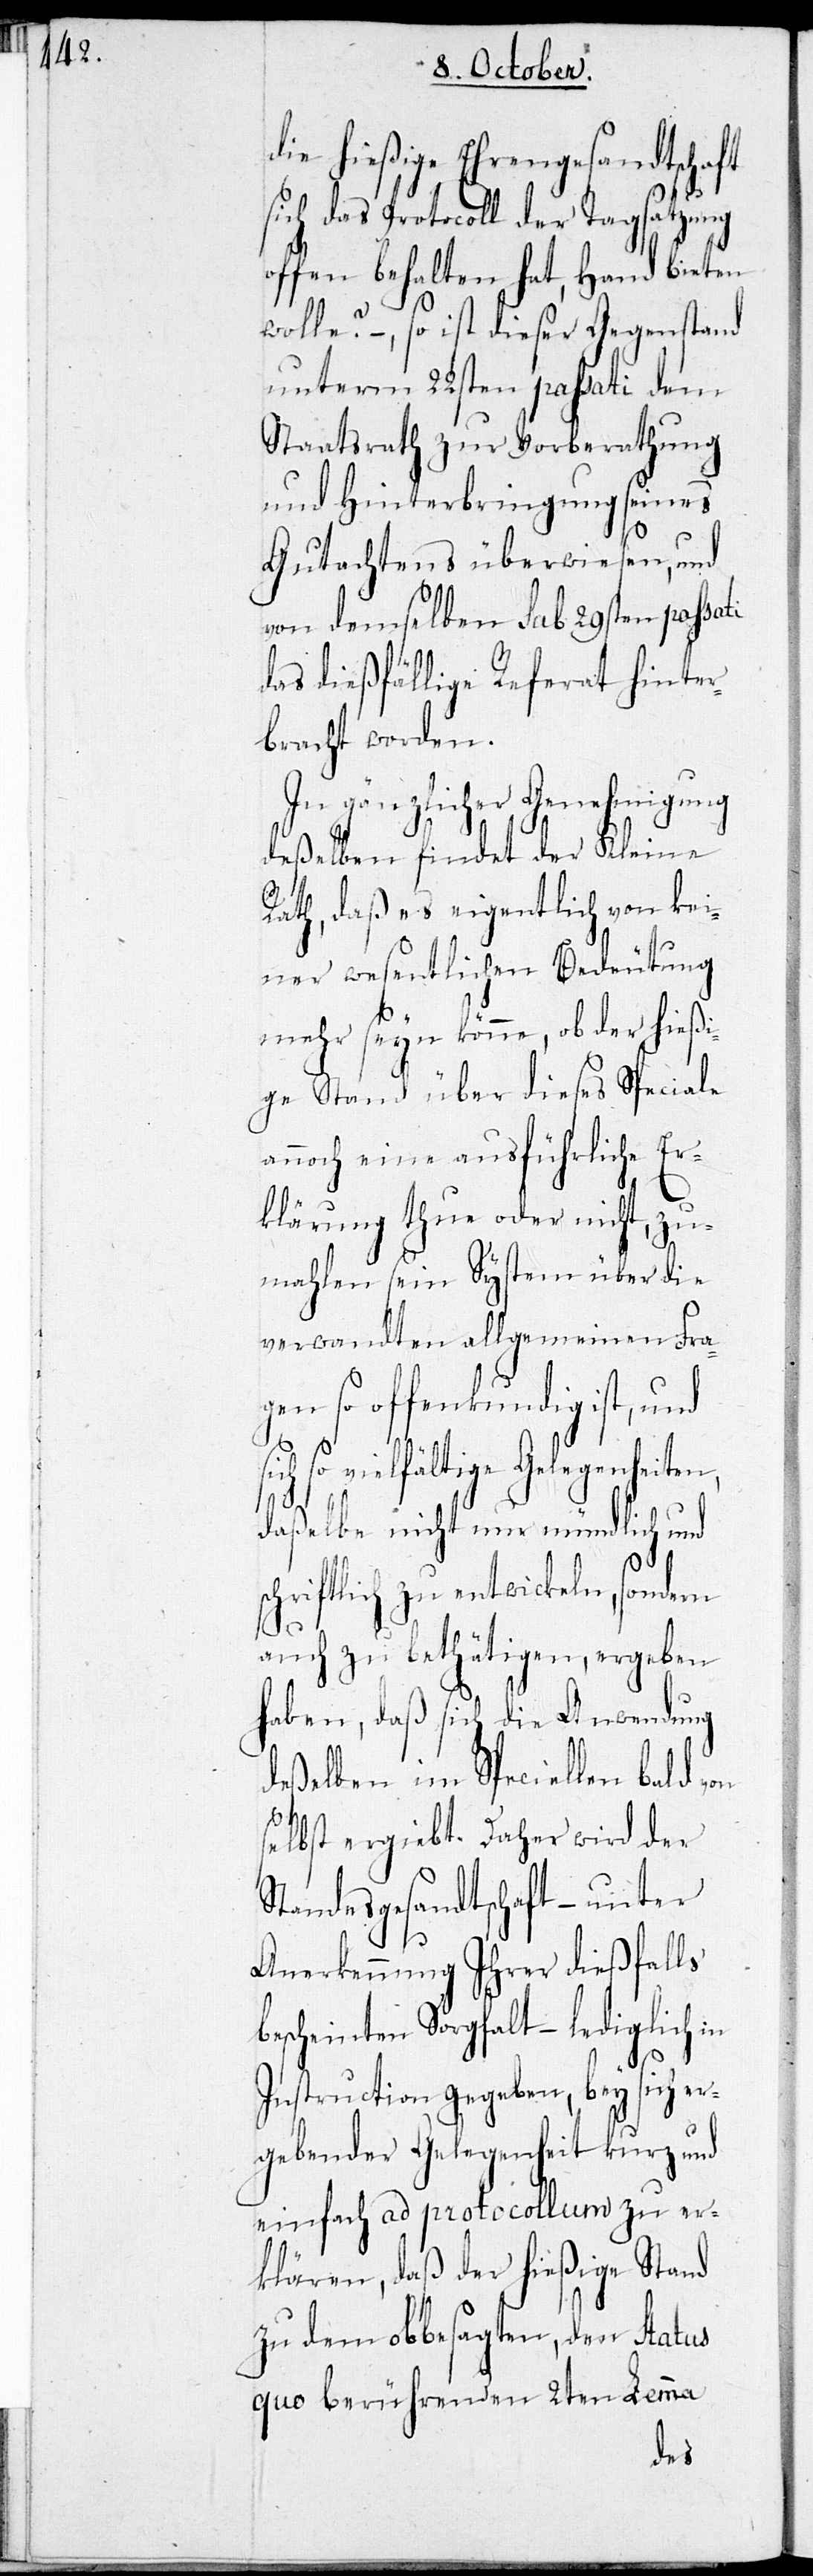
die hießige Ehrengesandtschaft
sich das Protocoll der Tagsatzung
offen behalten hat, Hand bieten
wolle? -, so ist dieser Gegenstand
unterm 22sten passati dem
Staatsrath zur Vorberathung
und Hinterbringung seines
Gutachtens überwiesen, und
von demselben sub 29sten passa¬
das dießfällige Referat hinter¬
bracht worden.
In gänzlicher Genehmigung
deßelben findet der Kleine
Rath, daß es eigentlich von kei¬
ner wesentlichen Bedeutung
mehr seyn könne, ob der hießi¬
ge Stand über dieses Speciale
noch eine ausführliche Er¬
klärung thue oder nicht, zu¬
mahlen sein System über die
verwandten allgemeinen Fra¬
gen so offenkundig ist, und
so vielfältige Gelegenheiten
daßelbe nicht nur mündlich und
hriftlich zu entwickeln,
auch zu bethätigen, ergeben
haben, daß sich die Anwendung
deßelben im Speciellen bald von
sc¬
selbst ergiebt. Daher wird der
Standesgesandtschaft – unter
Anerkennung Ihrer dießfalls
bescheinten Sorgfalt – lediglich in
Instruction gegeben, bey sich er¬
gebender Gelegenheit kurz und
einfach ad protocollum zu er¬
klären, daß der hießige Stand
zu dem obbesagten, den Status
quo berührenden 2ten Lemma